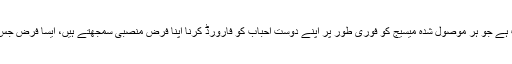
وطن عزیز میں ایسے افراد کی کثرت ہے جو ہر موصول شدہ میسیج کو فوری طور پر اپنے دوست احباب کو فارورڈ کرنا اپنا فرض منصبی سمجھتے ہیں، ایسا فرض جس پر کسی نے ان کو فائز ہی نہ کیا ہو۔